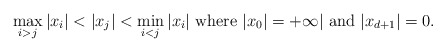
\begin{align*} \max_{i>j}|x_i|< |x_{j}| <\min_{i<j}|x_i|~{\rm where}~|x_0|=+\infty|~{\rm and}~|x_{d+1}|=0. \end{align*}